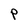
Character: P